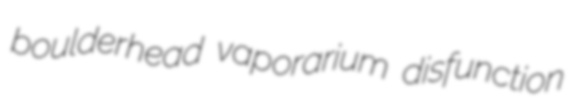
boulderhead vaporarium disfunction